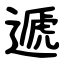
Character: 遞